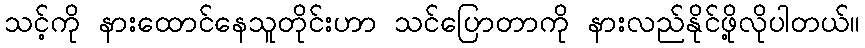
သင့်ကို နားထောင်နေသူတိုင်းဟာ သင်ပြောတာကို နားလည်နိုင်ဖို့လိုပါတယ်။